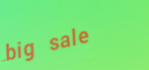
big sale